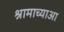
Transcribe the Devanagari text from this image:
श्रामाच्याआ